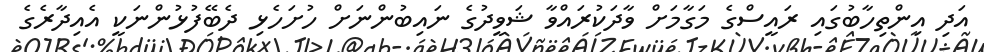
އަދި އިންތިހާބުގައި ރައީސްގެ މަގާމަށް ވާދަކުރައްވާ ޝަވީދުގެ ނައިބުންނަށް ހުށަހެޅި ދެބޭފުޅުންނަކީ އެއިދާރެގެ